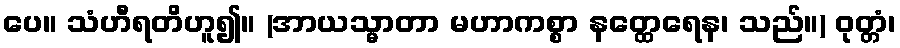
ပေ။ သံဟီရတိဟူ၍။ (အာယသ္မာတာ မဟာကစ္စာ နတ္ထေရေန၊ သည်။) ဝုတ္တံ၊